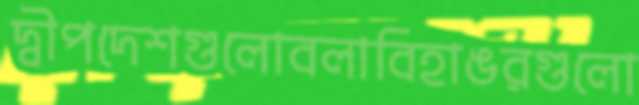
দ্বীপদেশগুলোবলাবিহাঙরগুলো